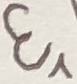
Text: E1